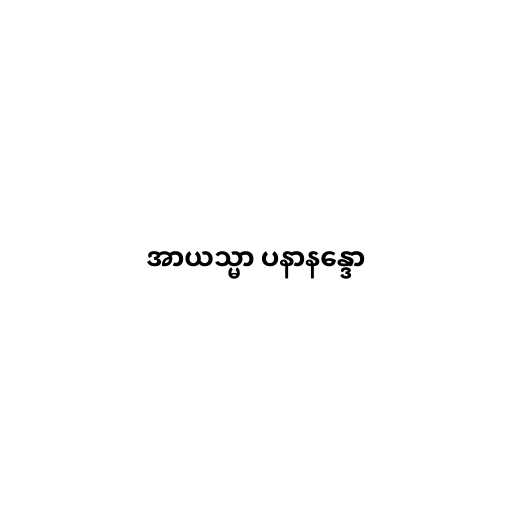
အာယသ္မာ ပနာနန္ဒော